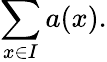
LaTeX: \sum_{x\in I}a(x).